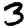
Digit: 3